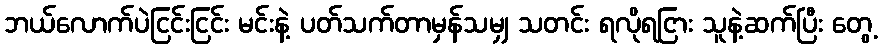
ဘယ်လောက်ပဲငြင်းငြင်း မင်းနဲ့ ပတ်သက်တာမှန်သမျှ သတင်း ရလိုရငြား သူနဲ့ဆက်ပြီး တွေ့